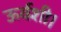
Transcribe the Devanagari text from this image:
ऊर्वशी।